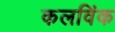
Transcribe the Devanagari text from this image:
कलविंक